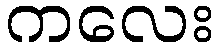
ကလေး